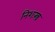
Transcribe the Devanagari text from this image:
निशःस्त्र